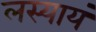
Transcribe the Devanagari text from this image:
लस्यायं